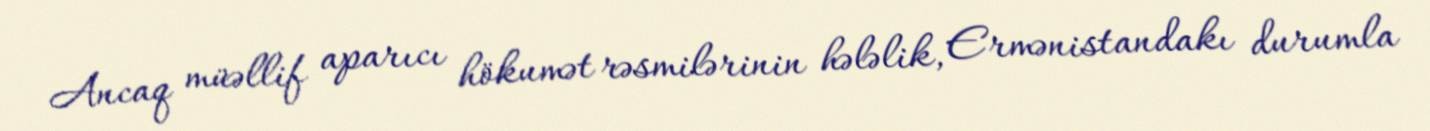
Ancaq müəllif aparıcı hökumət rəsmilərinin hələlik, Ermənistandakı durumla